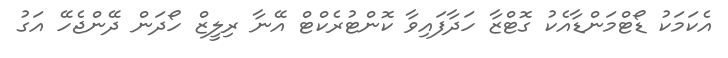
އެކަމަކު ޑޯޓްމަންޑާއެކު ގޮޓްޒާ ހަދާފައިވާ ކޮންޓުރެކްޓް އޭނާ ރިލީޒް ހޯދަން ދޭންޖެހޭ އަގު